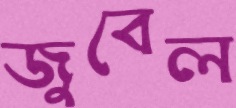
জুবেল